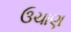
ઉચાણ